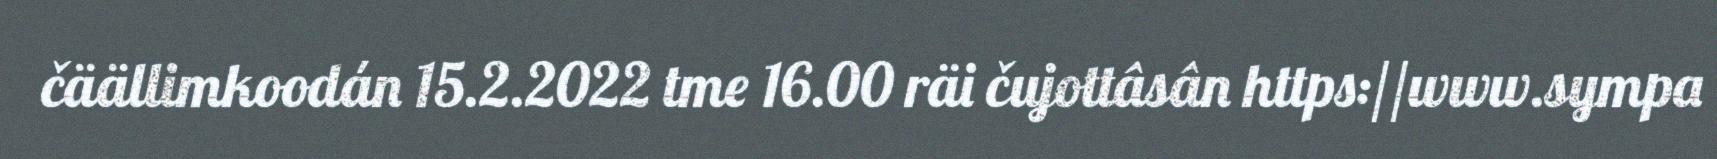
čäällimkoodán 15.2.2022 tme 16.00 räi čujottâsân https://www.sympa